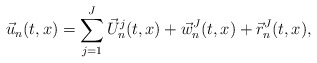
\begin{align*}\vec u_n(t,x) = \sum_{j = 1}^J \vec U^j_n(t,x) + \vec w^J_n(t,x) + \vec r_n^J(t,x), \end{align*}